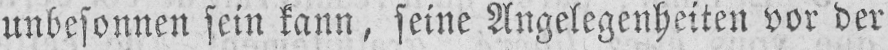
unbesonnen sein kann, seine Angelegenheiten vor der